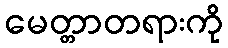
မေတ္တာတရားကို